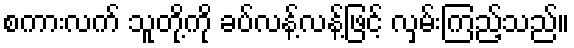
စကားလက် သူတို့ကို ခပ်လန့်လန့်ဖြင့် လှမ်းကြည့်သည်။